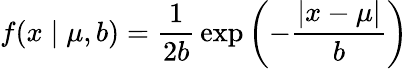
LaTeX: f(x\mid\mu,b)={\frac{1}{2b}}\exp\left(-{\frac{|x-\mu|}{b}}\right)\,